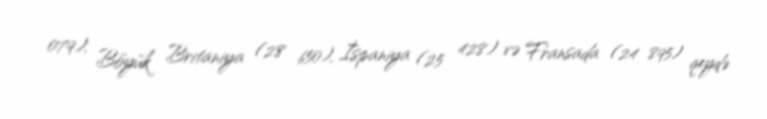
079), Böyük Britaniya (28 650), İspaniya (25 428) və Fransada (24 895) qeydə